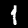
Digit: 1